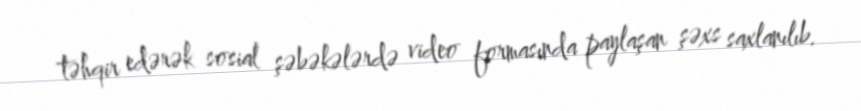
təhqir edərək sosial şəbəkələrdə video formasında paylaşan şəxs saxlanılıb.